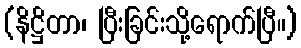
(နိဋ္ဌိတာ၊ ပြီးခြင်းသို့ရောက်ပြီ။)